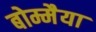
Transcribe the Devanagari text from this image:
बोम्मैया